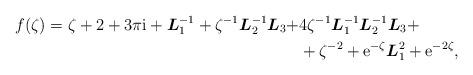
LaTeX: \begin{align*}f(\zeta)=\zeta+2+3\pi\mathrm{i}+\boldsymbol L_1^{-1}+\zeta^{-1} \boldsymbol L_2^{-1} \boldsymbol L_3+&4\zeta^{-1} \boldsymbol L_1^{-1}\boldsymbol L_2^{-1} \boldsymbol L_3+\\&+\zeta^{-2}+\mathrm{e}^{-\zeta}\boldsymbol L_1^2+\mathrm{e}^{-2\zeta},\end{align*}